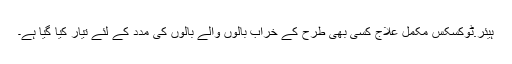
ہیئر.ٹوکسکس مکمل علاج کسی بھی طرح کے خراب بالوں والے بالوں کی مدد کے لئے تیار کیا گیا ہے۔